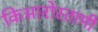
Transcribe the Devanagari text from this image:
किआरोस्तामी